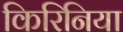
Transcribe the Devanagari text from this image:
किरिनिया